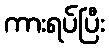
ကားရပ်ပြီး